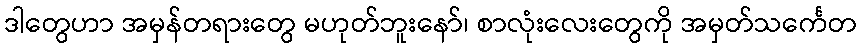
ဒါတွေဟာ အမှန်တရားတွေ မဟုတ်ဘူးနော်၊ စာလုံးလေးတွေကို အမှတ်သင်္ကေတ